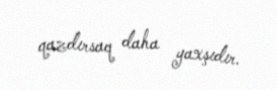
qazdırsaq daha yaxşıdır.